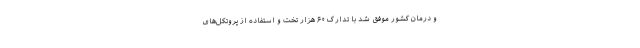
و درمان کشور موفق شد با تدارک ۶۰ هزار تخت و استفاده از پروتکل‌های